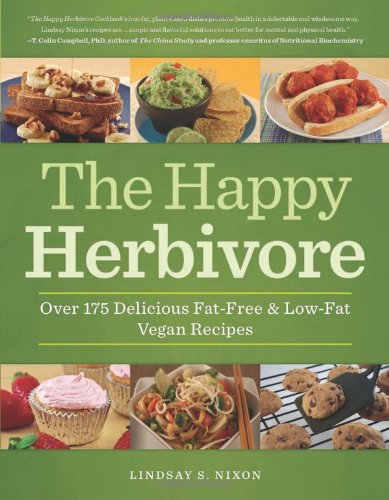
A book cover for The Happy Herbivore Cookbook: Over 175 Delicious Fat-Free and Low-Fat Vegan Recipes; Lindsay S. Nixon; Cookbooks, Food & Wine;